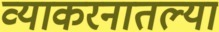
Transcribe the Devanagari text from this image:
व्याकरनातल्या